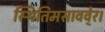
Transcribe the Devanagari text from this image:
स्थितिमसाववे्र।